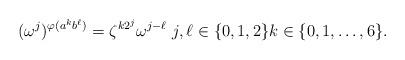
LaTeX: \begin{align*}(\omega^j)^{\varphi(a^kb^\ell)}=\zeta^{k2^j}\omega^{j-\ell}\ j,\ell\in\{0,1,2\}k\in\{0,1,\dots,6\}.\end{align*}